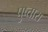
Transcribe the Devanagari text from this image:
पुष्तारा